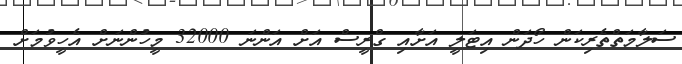
ސަލާމަތްތެރިކަން ހޯދަން އިޓަލީ އަށާއި ގްރީސް އަށް އަންނަ 32000 މީހުންނަށް އެހީވުމަށް